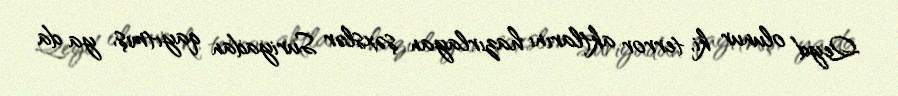
Qeyd olunur ki, terror aktlarını hazırlayan şəxslər Suriyadan qayıtmış, ya da